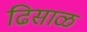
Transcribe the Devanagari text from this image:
ढिसाळ